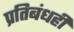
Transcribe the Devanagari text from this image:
प्रतिबंधही